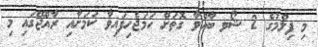
މި ފިލްމުގެ 2 ޝޯވ ބާއްވާ ގޮތަށް ހަމަޖެހިފައިވާ ކަމަށާއި ރާއްޖޭގައި މި